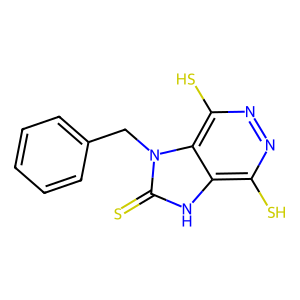
SMILES: S=c1[nH]c2c(S)nnc(S)c2n1Cc1ccccc1
Inhibits HIV replication: Yes